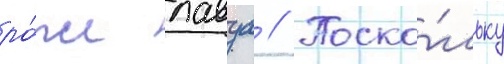
ро́же лавуа // Поско́льку